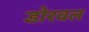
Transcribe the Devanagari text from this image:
डोरवल